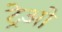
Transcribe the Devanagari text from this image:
ट्रेओ